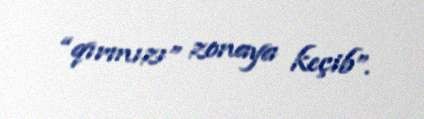
“qırmızı” zonaya keçib”.